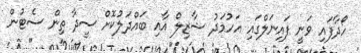
ހޯދާފައި ވަނީ ފައިނަލްގައި އަހުމަދު ޝާޒިލް އާއި ބައްދަލުކޮށް ސީދާ ތިން ސެޓުން